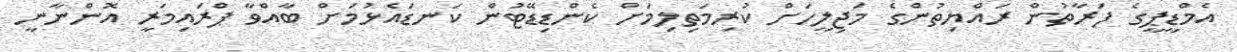
އެމްޑީޕީގެ ފަރާތުން ރައްޔިތުންގެ މަޖިލީހަށް ކުރިމަތިލިމަށް ކެންޑިޑޭޓުން ކަނޑައެޅުމަށް ބާއްވާ ޕްރައިމަރީ އޮންނާނީ